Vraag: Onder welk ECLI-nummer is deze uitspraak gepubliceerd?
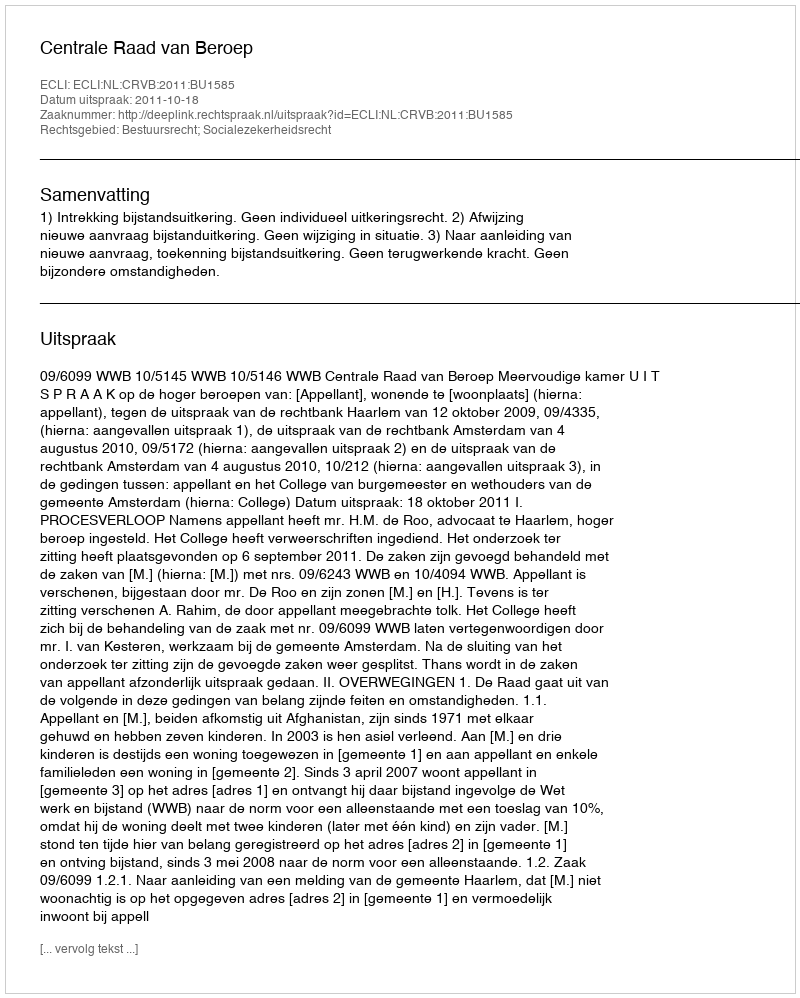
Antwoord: ECLI:NL:CRVB:2011:BU1585